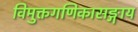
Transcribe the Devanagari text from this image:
विमुक्तगणिकासङ्गाय